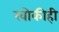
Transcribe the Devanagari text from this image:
खोकीही